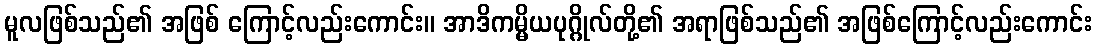
မူလဖြစ်သည်၏ အဖြစ် ကြောင့်လည်းကောင်း။ အာဒိကမ္မိယပုဂ္ဂိုလ်တို့၏ အရာဖြစ်သည်၏ အဖြစ်ကြောင့်လည်းကောင်း